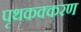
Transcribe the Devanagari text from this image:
पृथकक्करण